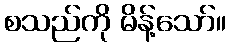
စသည်ကို မိန့်သော်။